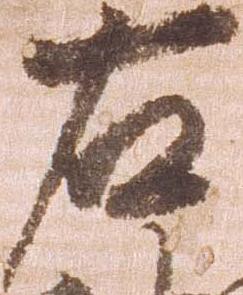
右